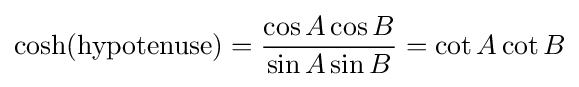
{\textrm {cosh(hypotenuse)}}={\frac {\cos A\cos B}{\sin A\sin B}}=\cot A\cot B